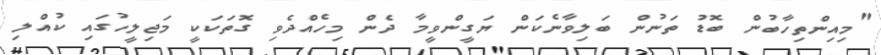
"މިއިންތިހާބުން ބޮޑު ތަނުން ބަލިވާނެކަން ޔަގީންވީމާ ދެން މިހެއްދެވި ގޮތަކަކީ މަޖިލީހުގައި ކުއްލި